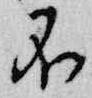
不